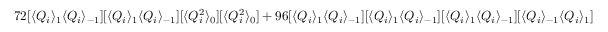
7 2 [ \langle Q _ { i } \rangle _ { 1 } \langle Q _ { i } \rangle _ { - 1 } ] [ \langle Q _ { i } \rangle _ { 1 } \langle Q _ { i } \rangle _ { - 1 } ] [ \langle Q _ { i } ^ { 2 } \rangle _ { 0 } ] [ \langle Q _ { i } ^ { 2 } \rangle _ { 0 } ] + 9 6 [ \langle Q _ { i } \rangle _ { 1 } \langle Q _ { i } \rangle _ { - 1 } ] [ \langle Q _ { i } \rangle _ { 1 } \langle Q _ { i } \rangle _ { - 1 } ] [ \langle Q _ { i } \rangle _ { 1 } \langle Q _ { i } \rangle _ { - 1 } ] [ \langle Q _ { i } \rangle _ { - 1 } \langle Q _ { i } \rangle _ { 1 } ]